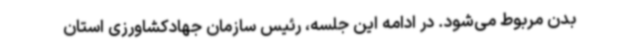
بدن مربوط می‌شود. در ادامه این جلسه، رئیس سازمان جهادکشاورزی استان